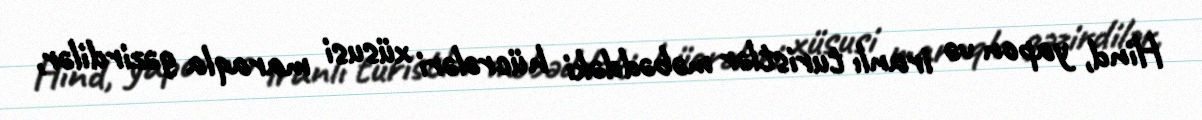
Hind, yapon və iranlı turistlər məbəddəki hücrələri xüsusi maraqla gəzirdilər,